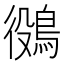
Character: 𪁛